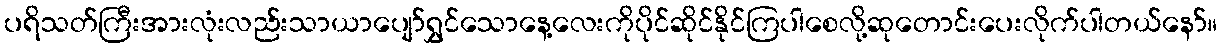
ပရိသတ်ကြီးအားလုံးလည်းသာယာပျော်ရွှင်သောနေ့လေးကိုပိုင်ဆိုင်နိုင်ကြပါစေလို့ဆုတောင်းပေးလိုက်ပါတယ်နော်။